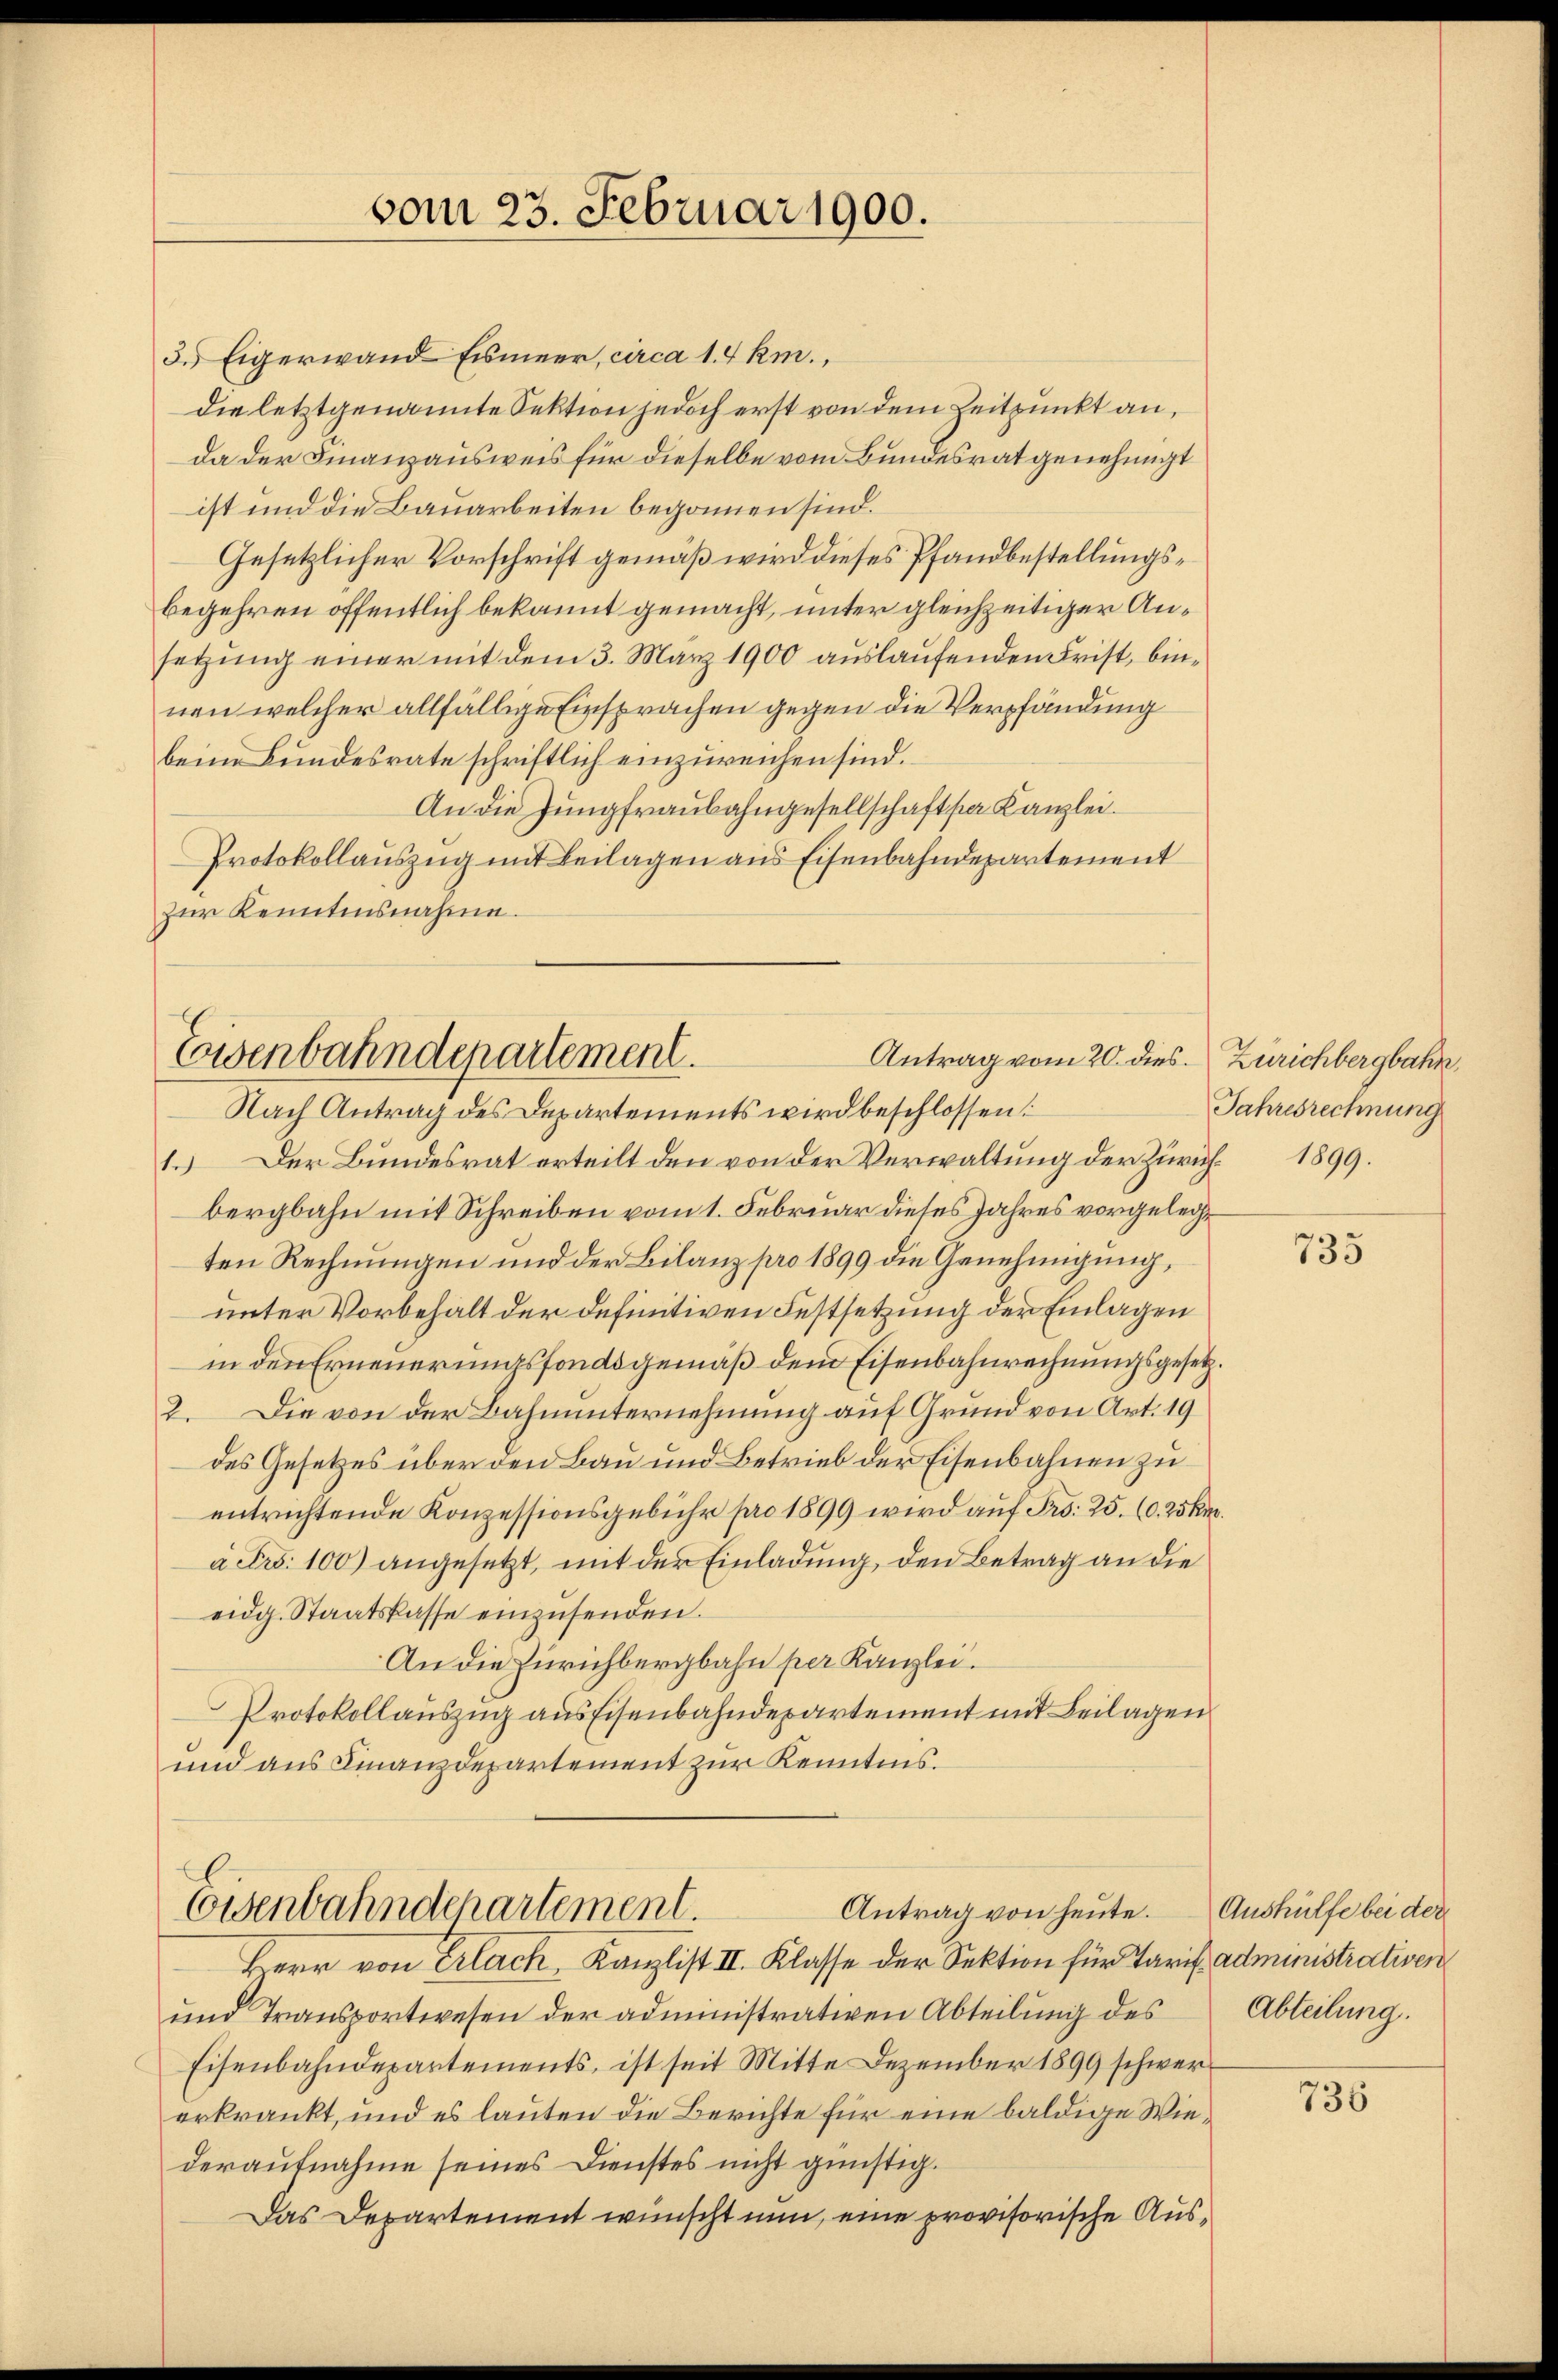
vom 23. Februar 1900.

3. Eigerwand Eismeer, circa 14 km.,
die letztgenannte Sektion jedoch erst von dem Zeitpunkt an,
da der Finanzausweis für dieselbe vom Bundesrat genehmigt
ist und die Bauarbeiten begonnen sind.
Gesetzlicher Vorschrift gemäß wird dieses Pfandbestellungsbegehren öffentlich bekannt gemacht, unter gleichzeitiger Ansetzung einer mit dem 3. März 1900 auslaufenden Frist, binnen welcher allfällige Einsprachen gegen die Verpfändung
beim Bundesrate schriftlich einzureichen sind.
An die Jungfraubahngesellschaft par Kanzlei.
Protokollauszug mit Beilagen aus Eisenbahndepartement
zur Kenntensnahme.

Antrag vom 20. dies.
Eisenbahndepartement.

Nach Antrag des Departements wird beschlossen:
1.) Der Bundesrat erteilt den von der Verwaltung der Zürich. 1899.
bergbahn mit Schreiben vom 1. Februar dieses Jahres vorgelegten Rechnungen und der Bilanz pro 1899 die Genehmigung,
unter Vorbehalt der definitiven Festsetzung der Einlagen
in den Erneuerungsfondsgemäß dem Eisenbahnrechnungsgesetz.
2. Die von der Bahnunternehmung auf Grund von Art. 19
des Gesetzes über den Bau und Betrieb der Eisenbahnen zu
entrichtende Konzessionsgebühr pro 1899 wird auf Fr. 25. 60. 25kr.
à Fr. 100) angesetzt, mit der Einladung, den Betrag an die
eidg. Staatskasse einzŭsenden.
An die Zürichbergbahn per Kanzlei.
Protokollauszug aus Eisenbahndepartement mit Beilagen
und aus Finanzdepartement zur Kenntnis.

Antrag von heute.
Eisenbahndepartement.
Berr von Erlach, Kanzlist II. Klasse der Sektion für Tarif Administrativen

und Transportwesen der administrativen Abteilung des
Eisenbahndepartements, ist seit Mitte Dezember 1899 schwererkrankt, und es lauten die Berichte für eine baldige Wiederaufnahme seines Dienstes nicht günstig.
Das Departement wünscht nun, eine provisorische Aus¬

Zürichbergbahn.
Jahresrechnung

735

Aushülfe bei der
Abteilung.

736